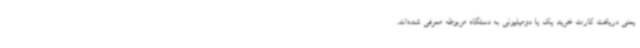
یعنی دریافت کارت خرید یک یا دومیلیونی به دستگاه مربوطه معرفی شده‌اند.